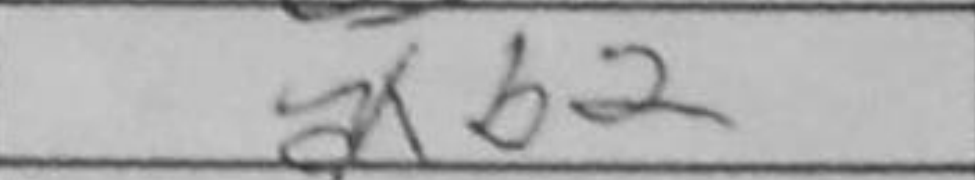
Transcription: axb2